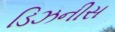
ડિઝનીસ